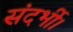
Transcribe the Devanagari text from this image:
संदर्भी।